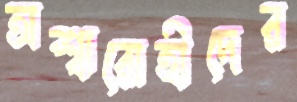
অশ্বারোহীদের